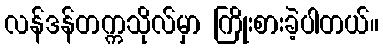
လန်ဒန်တက္ကသိုလ်မှာ ကြိုးစားခဲ့ပါတယ်။